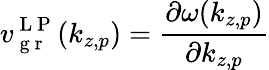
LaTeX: v_{\mathrm{~g~r~}}^{\mathrm{~L~P~}}(k_{z,p})=\frac{\partial\omega(k_{z,p})}{\partial k_{z,p}}